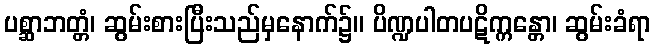
ပစ္ဆာဘတ္တံ၊ ဆွမ်းစားပြီးသည်မှနောက်၌။ ပိဏ္ဍပါတပဋိက္ကန္တော၊ ဆွမ်းခံရာ